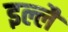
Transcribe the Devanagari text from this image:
इल्लै